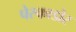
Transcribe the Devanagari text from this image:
पेस्काडोर